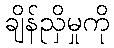
ချိန်ညှိမှုကို